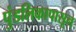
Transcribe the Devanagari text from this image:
पुंडलिकापासून